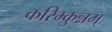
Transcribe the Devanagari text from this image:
करिम्कुन्नम्